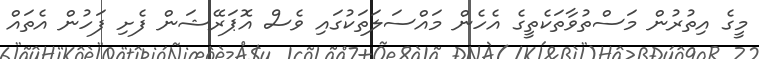
މީގެ އިތުރުން މަސްތުވާތަކެތީގެ އެހެން މައްސަލަތަކުގައި ވެސް އޮޕަރޭޝަން ފެށި ފަހުން އެތައް